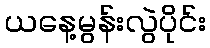
ယနေ့မွန်းလွဲပိုင်း